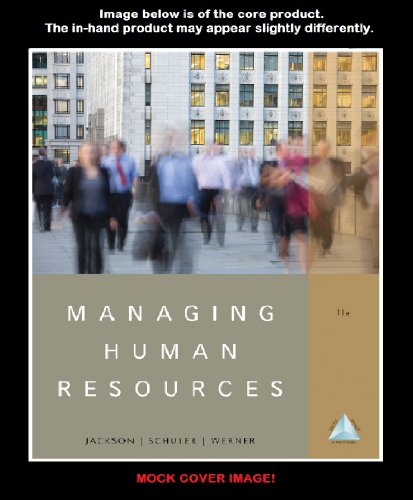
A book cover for Managing Human Resources; Susan E. Jackson; Business & Money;